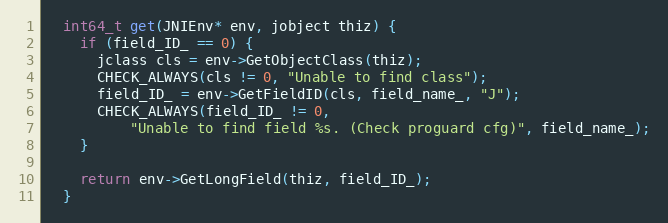
Language: C
  int64_t get(JNIEnv* env, jobject thiz) {
    if (field_ID_ == 0) {
      jclass cls = env->GetObjectClass(thiz);
      CHECK_ALWAYS(cls != 0, "Unable to find class");
      field_ID_ = env->GetFieldID(cls, field_name_, "J");
      CHECK_ALWAYS(field_ID_ != 0,
          "Unable to find field %s. (Check proguard cfg)", field_name_);
    }

    return env->GetLongField(thiz, field_ID_);
  }